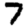
Digit: 7